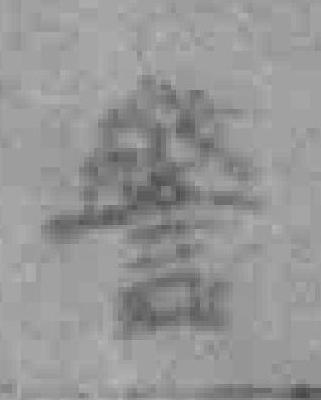
警